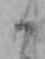
そ